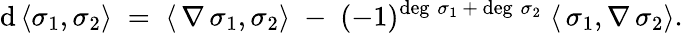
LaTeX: \mathrm{d}\, \langle\sigma_{1},\sigma_{2}\rangle\; =\; \langle\, \nabla\, \sigma_{1},\sigma_{2}\rangle\; -\; (-1)^{\deg\, \sigma_{1}\, +\, \deg\, \sigma_{2}}\; \langle\, \sigma_{1},\nabla\, \sigma_{2}\rangle.